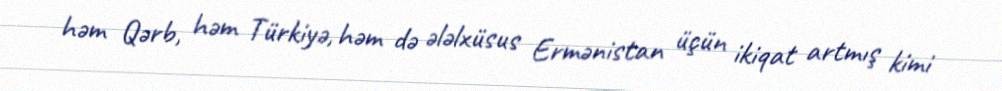
həm Qərb, həm Türkiyə, həm də ələlxüsus Ermənistan üçün ikiqat artmış kimi